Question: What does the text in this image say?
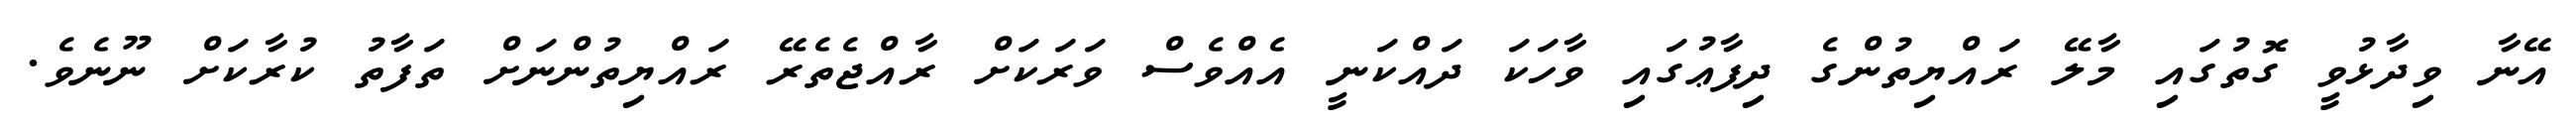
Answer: އޭނާ ވިދާޅުވީ ގޮތުގައި މާލޭ ރައްޔިތުންގެ ދިފާޢުގައި ވާހަކަ ދައްކަނީ އެއްވެސް ވަރަކަށް ރާއްޖެތެރޭ ރައްޔިތުންނަށް ތަފާތު ކުރާކަށް ނޫނެވެ.